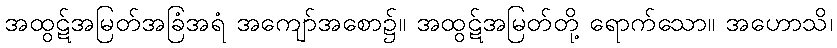
အထွဋ်အမြတ်အခြံအရံ အကျော်အစော၌။ အထွဋ်အမြတ်တို့ ရောက်သော။ အဟောသိ၊